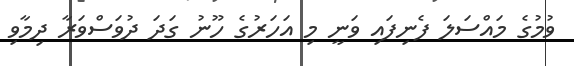
ވުމުގެ މައްސަލަ ފެނިފައި ވަނީ މި އަހަރުގެ ހޫނު ގަދަ ދުވަސްވަރާ ދިމާވި